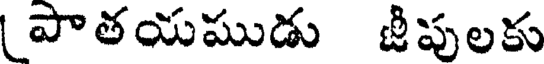
పాతయముడు జీపులకు